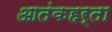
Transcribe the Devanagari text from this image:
आतंकहर्ता